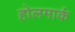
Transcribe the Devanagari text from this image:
होलमार्क